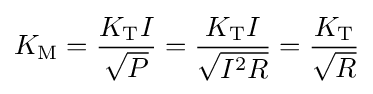
K_{\text{M}}={\frac {K_{\text{T}}I}{\sqrt {P}}}={\frac {K_{\text{T}}I}{\sqrt {I^{2}R}}}={\frac {K_{\text{T}}}{\sqrt {R}}}